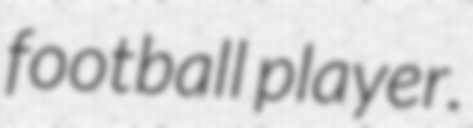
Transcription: football player.